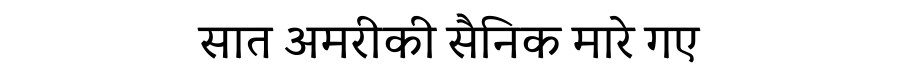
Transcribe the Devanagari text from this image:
सात अमरीकी सैनिक मारे गए